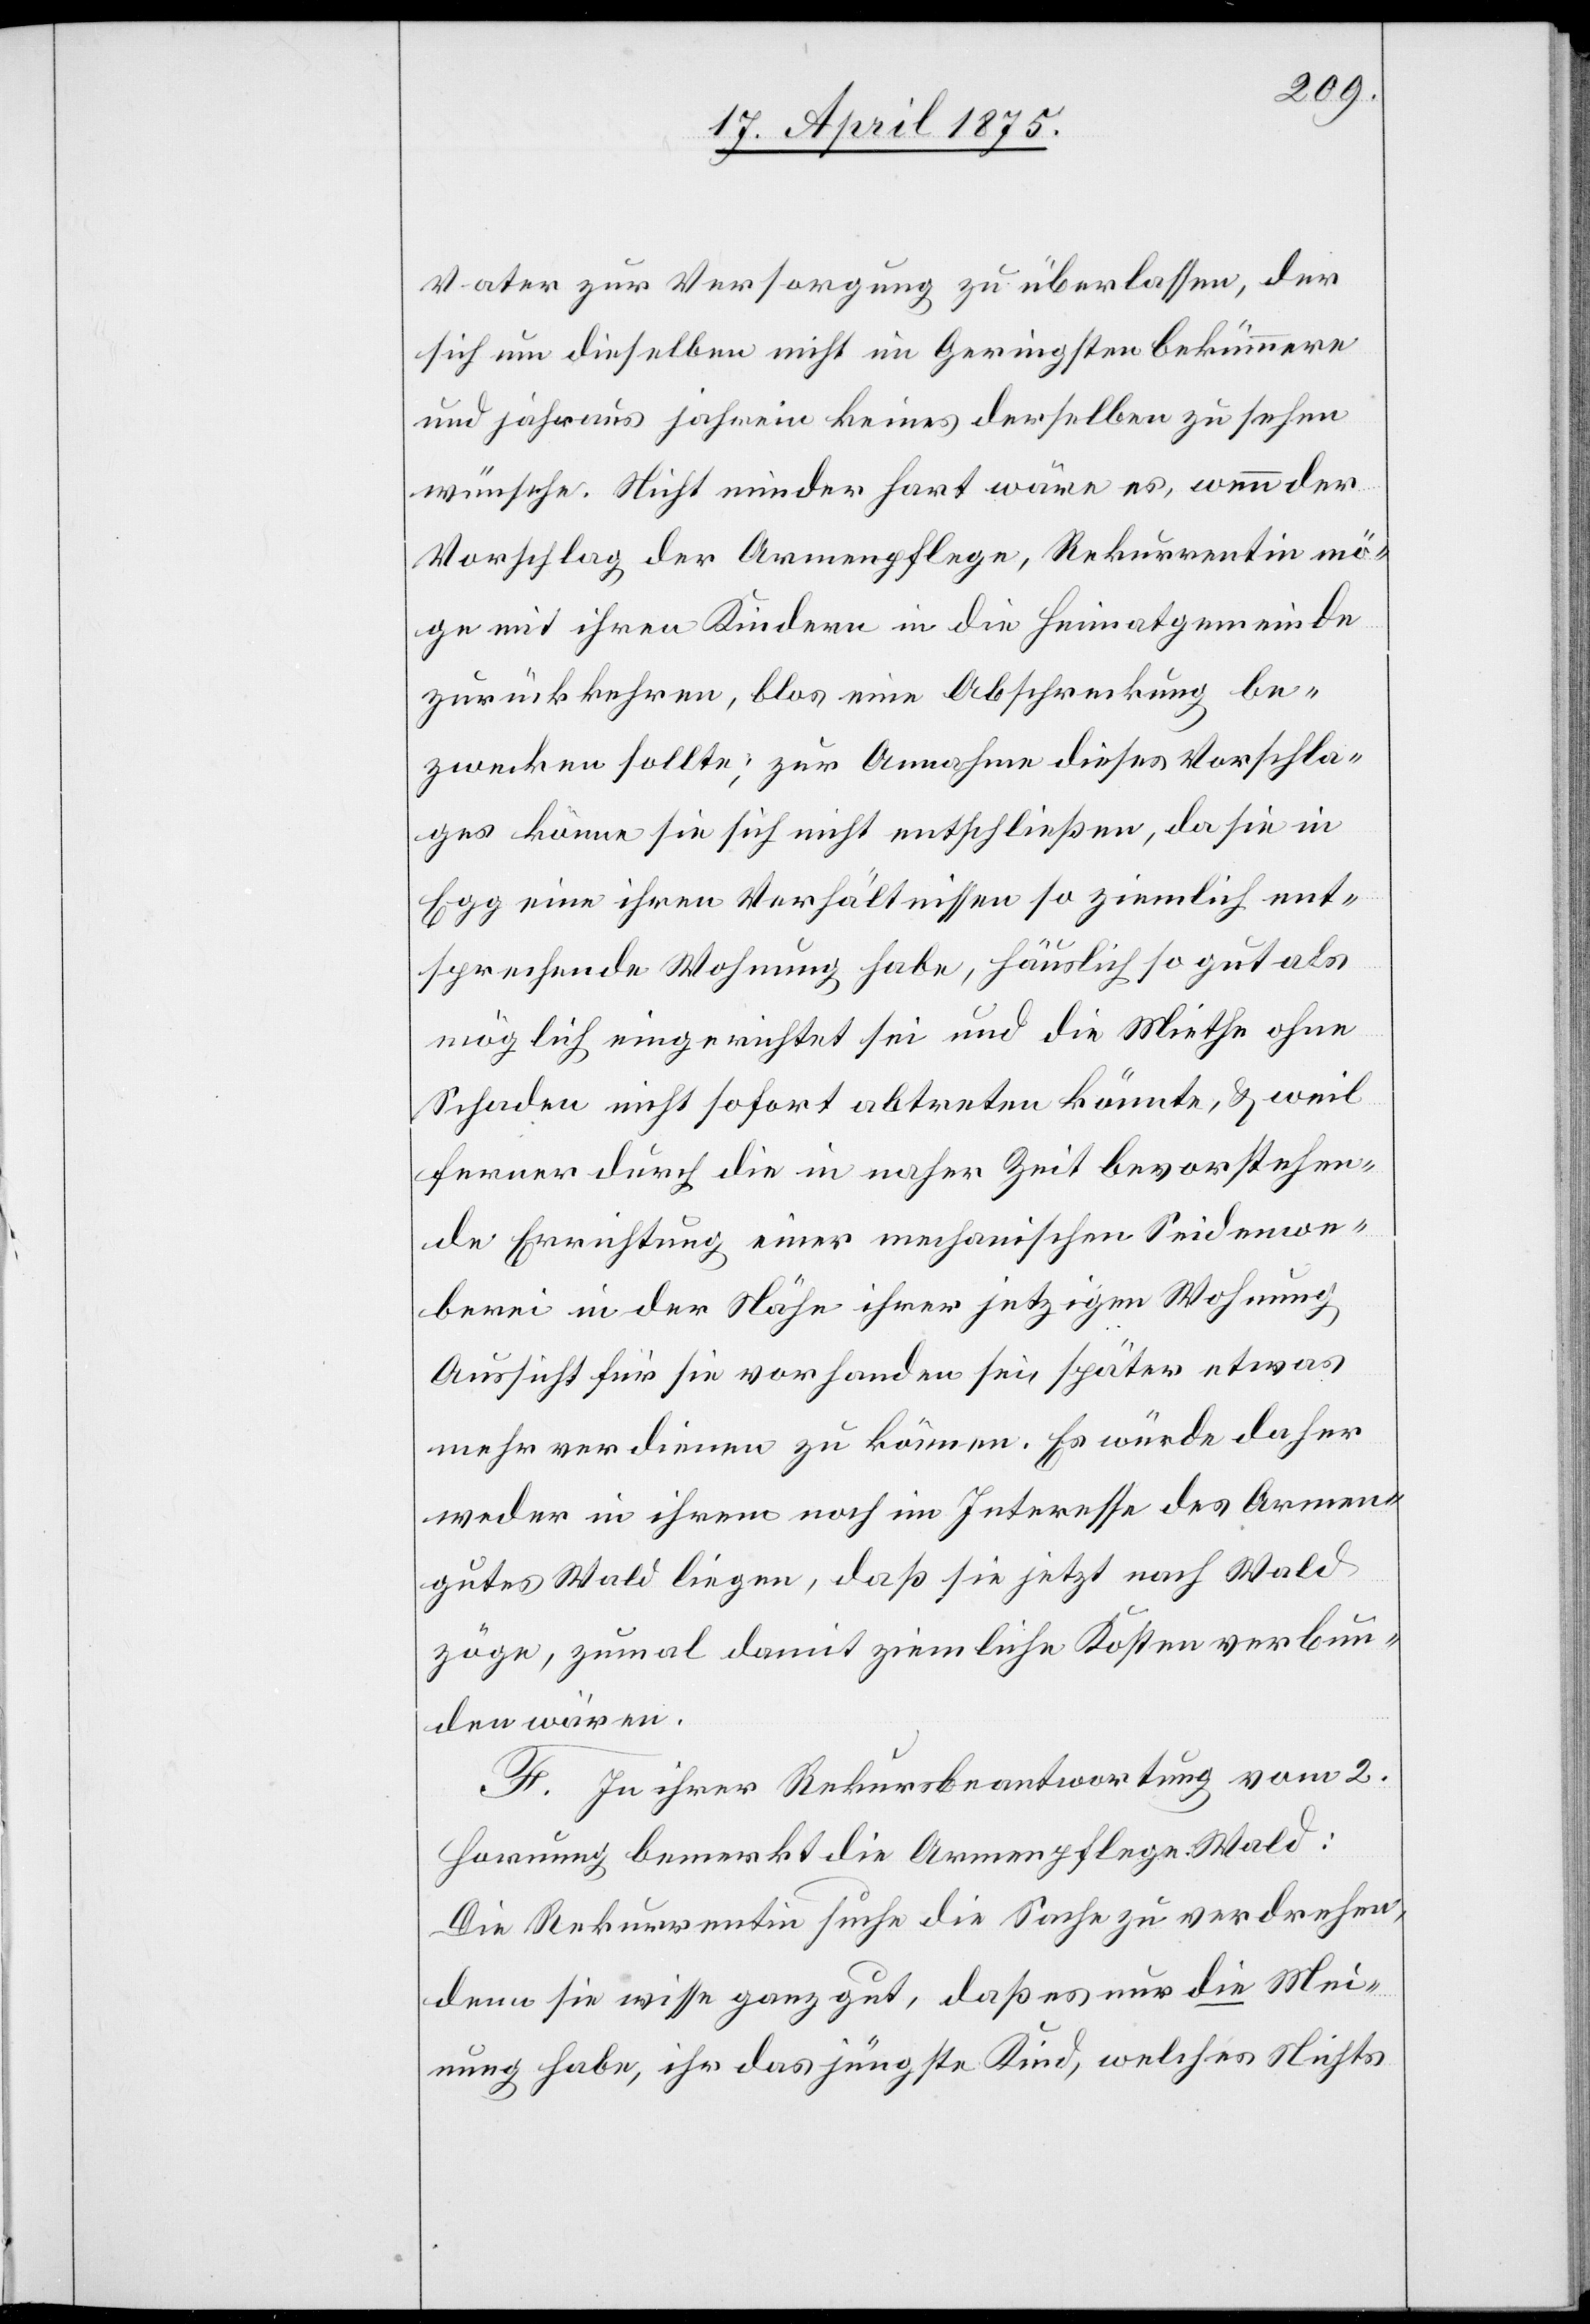
Vater zu Versorgung zu überlassen, der
sich um dieselben nicht im Geringsten bekümmere
und jahraus jahrein keines derselben zu sehen
wünsche. Nicht minder hart wäre es, wenn der
Vorschlag der Armenpflege, Rekurrentin mö¬
ge mit ihren Kindern in die Heimatgemeinde
zurückkehren, blos eine Abschreckung be¬
zwecken sollte; zur Annahme dieses Vorschla¬
ges könne sie sich nicht entschließen, da die in
Egg eine ihren Verhältnissen so ziemlich ent¬
sprechende Wohnung habe, häuslich so gut als
möglich eingerichtet sei und die Miethe ohne
Schaden nicht sofort abtreten könnte, & weil
ferner durch die in naher Zeit bevorstehen¬
de Errichtung einer mechanischen Seidenwe¬
berei in der Nähe ihrer jetzigen Wohnung
Aussicht für sie vorhanden sei, später etwas
mehr verdienen zu können. Es würde daher
weder in ihrem noch im Interesse des Armen¬
gutes Wald liegen, daß sie jetzt nach Wald
zöge, zumal damit ziemliche Kosten verbun¬
den wären.
F. Zu ihrer Rekursbeantwortung vom 2.
Hornung bemerkt die Armenpflege Wald:
Die Rekurrentin suche die Sache zu verdrehen,
denn sie wisse ganz gut, daß es nur die Mei¬
nung habe, ihr das jüngste Kind, welches Nichts